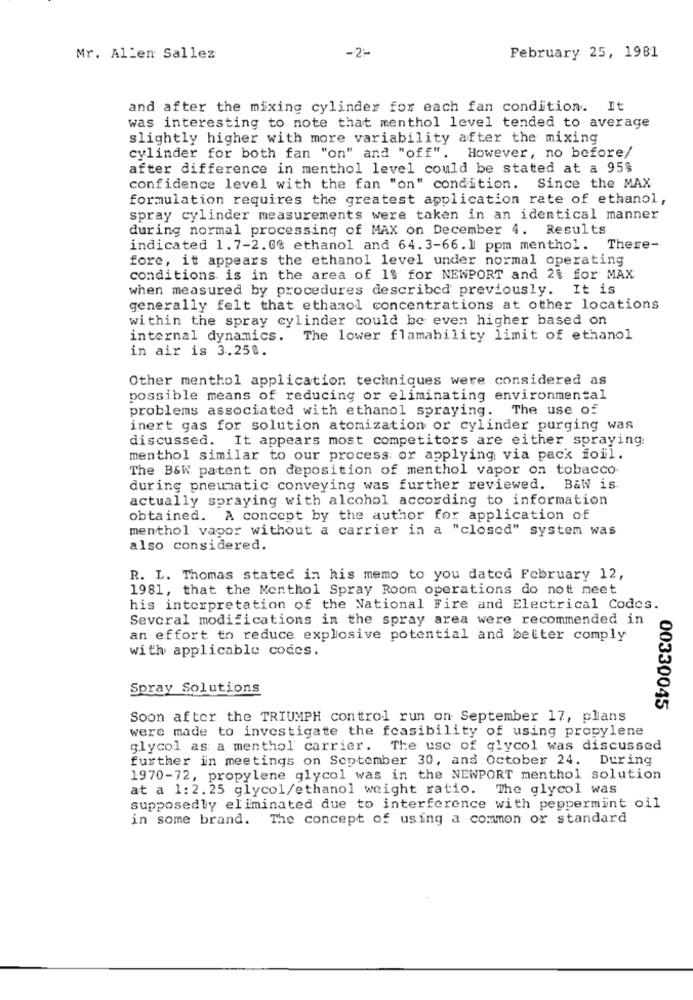
Mr. Allen Sallez
-2:
February 25, 1981
and after the mixing cylinder for each fan condition. It
was interesting to note that menthol level tended to average
slightly higher with more variability after the mixing
cylinder for both fan "on" and "off". However, no before/
after difference in menthol level could be stated at a 95%
confidence level with the fan "on" condition. Since the MAX
formulation requires the greatest application rate of ethanol,
spray cylinder measurements were taken in an identical manner
during normal processing of MAX on December 4. Results
indicated 1.7-2.0% ethanol and 64.3-66.1 ppm menthol. There-
fore, it appears the ethanol level under normal operating
conditions is in the area of 1% for NEWPORT and 2% for MAX
when measured by procedures described previously. It is
generally felt that ethanol concentrations at other locations
within the spray cylinder could be even higher based on
internal dynamics.
The lower flamability limit of ethanol
in air is 3.250.
Other menthol application techniques were considered as
possible means of reducing or eliminating environmental
problems associated with ethanol spraying. The use of
inert gas for solution atomization or cylinder purging was
discussed. It appears most competitors are either spraying:
menthol similar to our process or applying via pack foil.
The B&W patent on deposition of menthol vapor on tobacco.
during pneumatic conveying was further reviewed. B&W is
actually spraying with alcohol according to information
obtained. A concept by the author for application of
menthol vapor without a carrier in a "closed" system was
also considered.
R. L. Thomas stated in his memo to you dated February 12,
1981, that the Monthol Spray Room operations do not meet
his interpretation of the National Fire and Electrical Codes.
Several modifications in the spray area were recommended in
an effort to reduce explosive potential and better comply
with applicable codes.
Spray Solutions
00330045
Soon after the TRIUMPH control run on September 17, plans
were made to investigate the feasibility of using propylene
glycol as a menthol carrier. The use of glycol was discussed
further in meetings on September 30, and October 24. During
1970-72, propylene glycol was in the NEWPORT menthol solution
at a 1:2.25 glycol/ethanol weight ratio. The glycol was
supposedly eliminated due to interference with peppermint oil
in some brand. The concept of using a common or standard